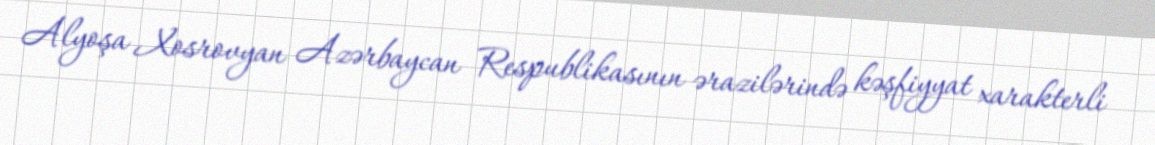
Alyoşa Xosrovyan Azərbaycan Respublikasının ərazilərində kəşfiyyat xarakterli